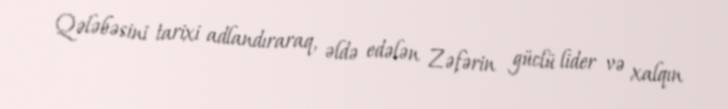
Qələbəsini tarixi adlandıraraq, əldə edələn Zəfərin güclü lider və xalqın